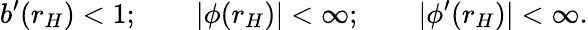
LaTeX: b^{\prime}(r_{H})<1;\qquad|\phi(r_{H})|<\infty;\qquad|\phi^{\prime}(r_{H})|<\infty.